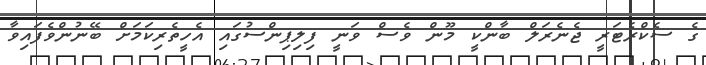
ގެ ސެކްރެޓަރީ ޖެނެރަލް ބާންކީ މޫން ވެސް ވަނީ ފިލިޕިންސުގައި އެހީތެރިކަމަށް ބޭނުންވެފައިވާ